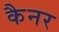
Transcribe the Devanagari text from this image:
कैनर